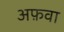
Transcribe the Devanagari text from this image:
अफ़वा